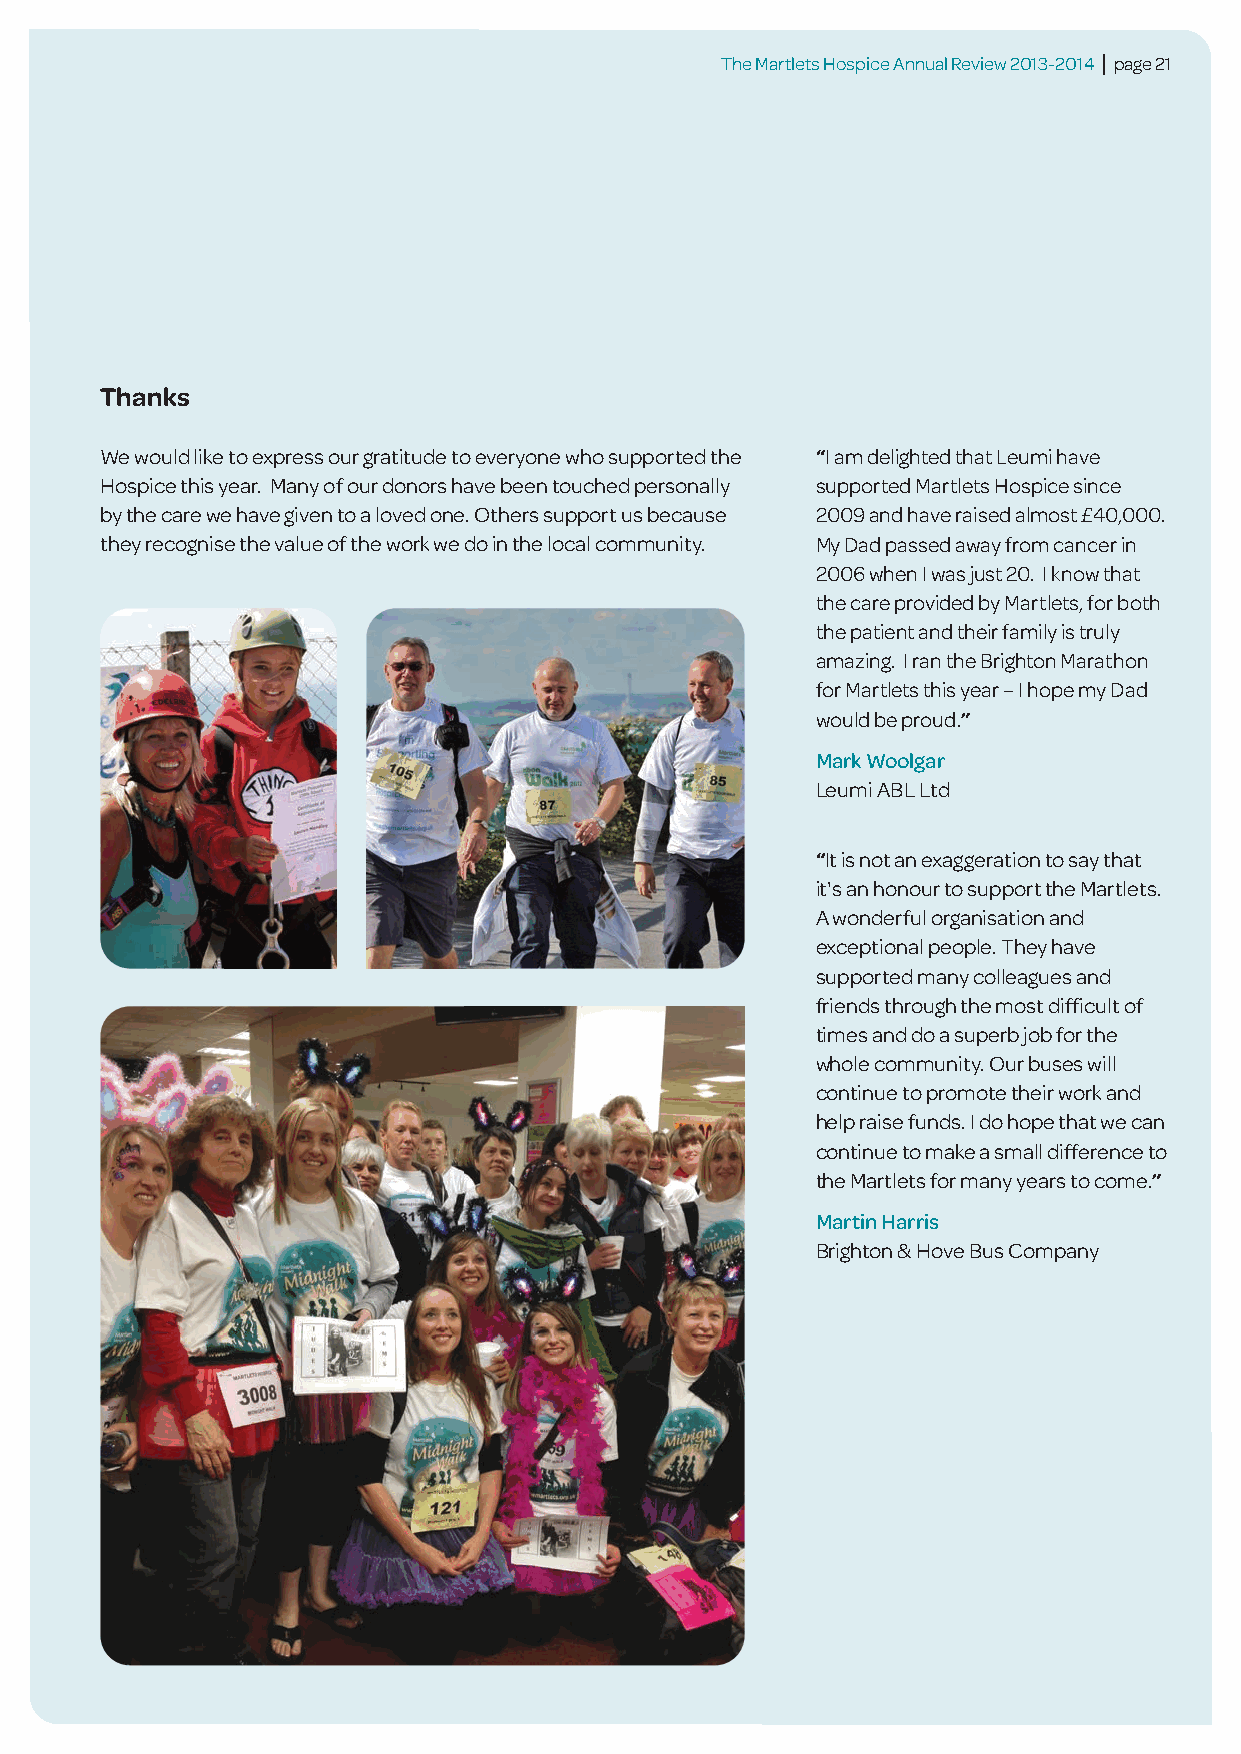
The Martlets Hospice Annual Review 2013-2014 | page 21
 Thanks
 We would like to express our gratitude to everyone who supported the “I am delighted that Leumi have
 Hospice this year. Many of our donors have been touched personally supported Martlets Hospice since
 by the care we have given to a loved one. Others support us because 2009 and have raised almost £40,000.
 they recognise the value of the work we do in the local community. My Dad passed away from cancer in
 2006 when I was just 20. I know that
 the care provided by Martlets, for both
 the patient and their family is truly
 amazing. I ran the Brighton Marathon
 for Martlets this year – I hope my Dad
 would be proud.”
 Mark Woolgar
 Leumi ABL Ltd
 “It is not an exaggeration to say that
 it's an honour to support the Martlets.
 A wonderful organisation and
 exceptional people. They have
 supported many colleagues and
 friends through the most difficult of
 times and do a superb job for the
 whole community. Our buses will
 continue to promote their work and
 help raise funds. I do hope that we can
 continue to make a small difference to
 the Martlets for many years to come.”
 Martin Harris
 Brighton & Hove Bus Company